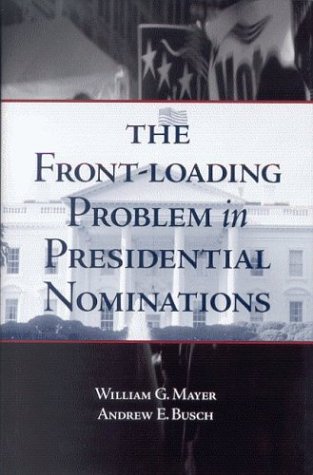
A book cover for The Front-Loading Problem in Presidential Nominations; William G. Mayer; Business & Money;